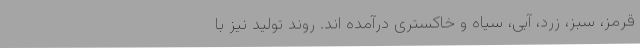
قرمز، سبز، زرد، آبی، سیاه و خاکستری درآمده اند. روند تولید نیز با